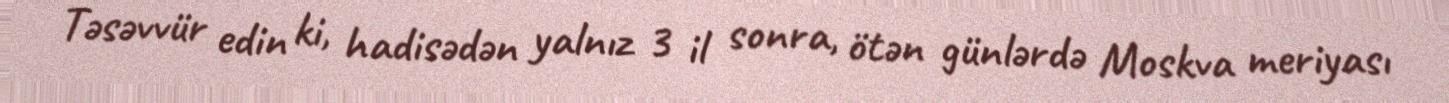
Təsəvvür edin ki, hadisədən yalnız 3 il sonra, ötən günlərdə Moskva meriyası